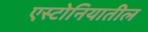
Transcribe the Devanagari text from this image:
एस्टोनियातील